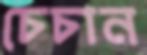
চেচান